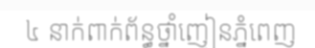
៤ នាក់ពាក់ព័ន្ធថ្នាំញៀនភ្នំពេញ